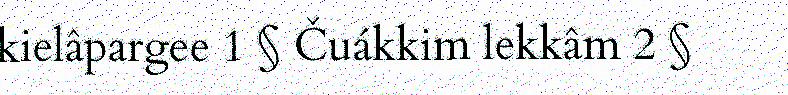
kielâpargee 1 § Čuákkim lekkâm 2 §